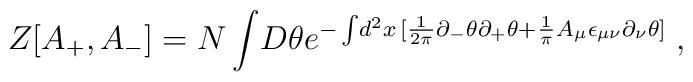
Z[A_{+},A_{-} ] = N  \int \! D \theta        e^{-\int \!     d^2 x \, [       \frac{1}{2 \pi} \partial_{-} \theta \partial_{+} \theta    +       \frac{1}{\pi}       A_{\mu} \epsilon_{\mu \nu}  \partial_{\nu}\theta]}\; ,